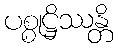
ပစ္စုဋ္ဌိဿန္တိ